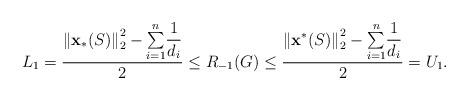
LaTeX: \begin{align*}L_{1}=\dfrac{\left\Vert \mathbf{x}_{\ast }(S)\right\Vert _{2}^{2}-\overset{n}{\underset{i=1}{\sum }}\dfrac{1}{d_{i}}}{2} \leq R_{-1}(G)\leq \dfrac{\left\Vert \mathbf{x}^{\ast }(S)\right\Vert _{2}^{2}-\overset{n}{\underset{i=1}{\sum }}\dfrac{1}{d_{i}}}{2}=U_{1}.\end{align*}